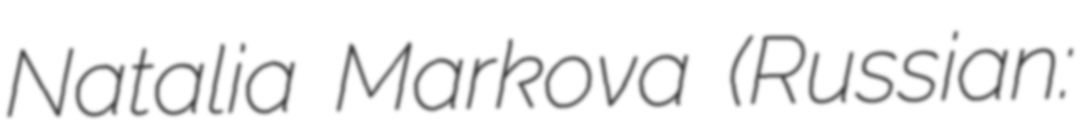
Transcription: Natalia Markova (Russian: